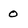
Character: 0